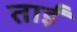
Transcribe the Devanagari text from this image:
ताईं